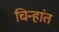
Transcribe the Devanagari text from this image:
चिन्हांत